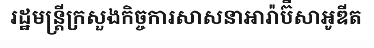
រដ្ឋមន្ត្រីក្រសួងកិច្ចការសាសនាអារ៉ាប៊ីសាអូឌីត